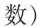
数）